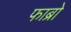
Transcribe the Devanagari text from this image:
फाब्रो